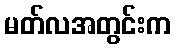
မတ်လအတွင်းက